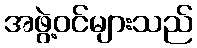
အဖွဲ့ဝင်များသည်